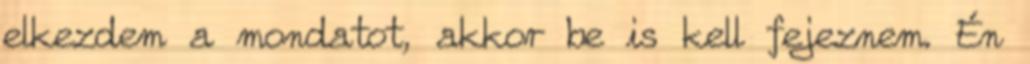
elkezdem a mondatot, akkor be is kell fejeznem. Én